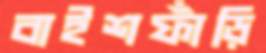
বাইশফাঁড়ি